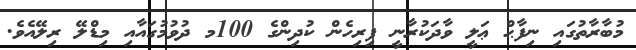
މުބާރާތުގައި ނިފާޙް ޢަލީ ވާދަކުރާނީ ފިރިހެން ކުދިންގެ 100މ ދުވުމުގައާއި މިޑްލޭ ރިލޭއެވެ.